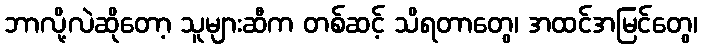
ဘာလို့လဲဆိုတော့ သူများဆီက တစ်ဆင့် သိရတာတွေ၊ အထင်အမြင်တွေ၊